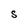
Character: S